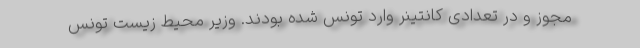
مجوز و در تعدادی کانتینر وارد تونس شده بودند. وزیر محیط زیست تونس